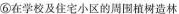
⑥在学校及住宅小区的周围植树造林